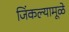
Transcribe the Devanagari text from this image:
जिंकल्यामूळे